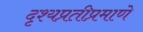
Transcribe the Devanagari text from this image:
दृश्यप्रतीप्रमाणे